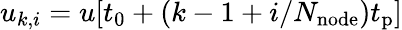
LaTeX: u_{k,i}=u[t_{0}+(k-1+i/N_{\mathrm{node}})t_{\mathrm{p}}]